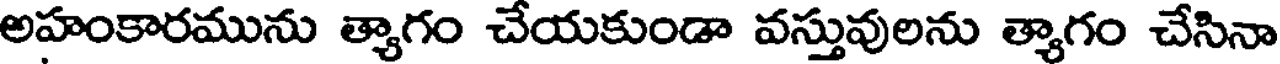
అహంకారమును త్యాగం చేయకుండా వస్తువులను త్యాగం చేసినా